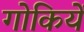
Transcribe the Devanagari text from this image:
गोकियें